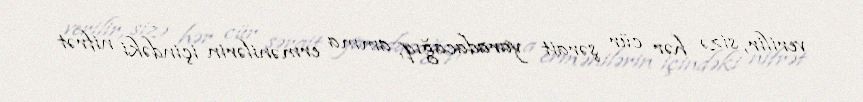
verilir, sizə hər cür şərait yaradacağıq, amma ermənilərin içindəki nifrət